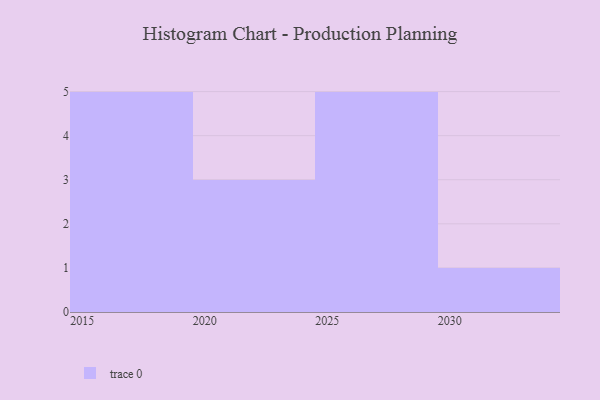
{"axis": {"x": "Year", "y": "Population (Million)"}, "legend": [""], "data": [{"x": "2024", "y": 46, "type": ""}, {"x": "2020", "y": 75, "type": ""}, {"x": "2029", "y": 44, "type": ""}, {"x": "2022", "y": 72, "type": ""}, {"x": "2018", "y": 50, "type": ""}, {"x": "2015", "y": 84, "type": ""}, {"x": "2026", "y": 23, "type": ""}, {"x": "2030", "y": 20, "type": ""}, {"x": "2028", "y": 14, "type": ""}, {"x": "2027", "y": 64, "type": ""}, {"x": "2025", "y": 45, "type": ""}, {"x": "2016", "y": 88, "type": ""}, {"x": "2017", "y": 19, "type": ""}, {"x": "2019", "y": 12, "type": ""}]}